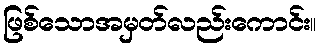
ဖြစ်သောအမှတ်လည်းကောင်း။